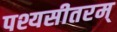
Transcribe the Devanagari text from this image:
पश्यसीतरम्